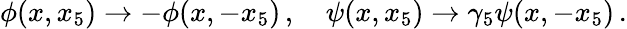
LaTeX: \phi(x,x_{5})\rightarrow-\phi(x,-x_{5})\, ,\quad\psi(x,x_{5})\rightarrow\gamma_{5}\psi(x,-x_{5})\, .